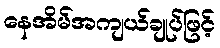
နေအိမ်အကျယ်ချုပ်ဖြင့်